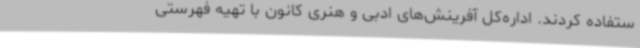
ستفاده کردند. اداره‌کل آفرینش‌های ادبی و هنری کانون با تهیه فهرستی